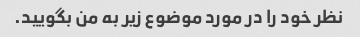
نظر خود را در مورد موضوع زیر به من بگویید.